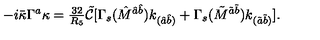
- i \bar { \kappa } \Gamma ^ { a } \kappa = { \textstyle \frac { 3 2 } { R _ { 5 } } } \tilde { \mathcal { C } } [ \Gamma _ { s } ( \hat { M } ^ { \hat { a } \hat { b } } ) k _ { ( \hat { a } \hat { b } ) } + \Gamma _ { s } ( \tilde { M } ^ { \tilde { a } \tilde { b } } ) k _ { ( \tilde { a } \tilde { b } ) } ] .